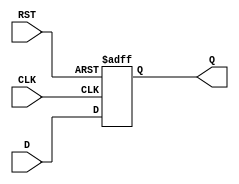
module IntermediateRegister #(
    parameter WIDTH = 8 // Parameter to define the width of the register
)(
    input  wire [WIDTH-1:0] D,    // Data input
    input  wire CLK,                // Clock input
    input  wire RST,                // Asynchronous reset
    output reg  [WIDTH-1:0] Q       // Data output
);

// Always block for synchronous reset and data capturing
always @(posedge CLK or posedge RST) begin
    if (RST) begin
        Q <= {WIDTH{1'b0}}; // Reset the register to zero
    end else begin
        Q <= D; // Capture data on clock edge
    end
end

endmodule